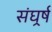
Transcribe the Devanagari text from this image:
संघर्र्ष